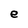
Character: e